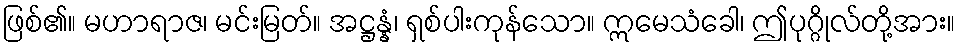
ဖြစ်၏။ မဟာရာဇ၊ မင်းမြတ်။ အဋ္ဌန္နံ၊ ရှစ်ပါးကုန်သော။ ဣမေသံခေါ၊ ဤပုဂ္ဂိုလ်တို့အား။